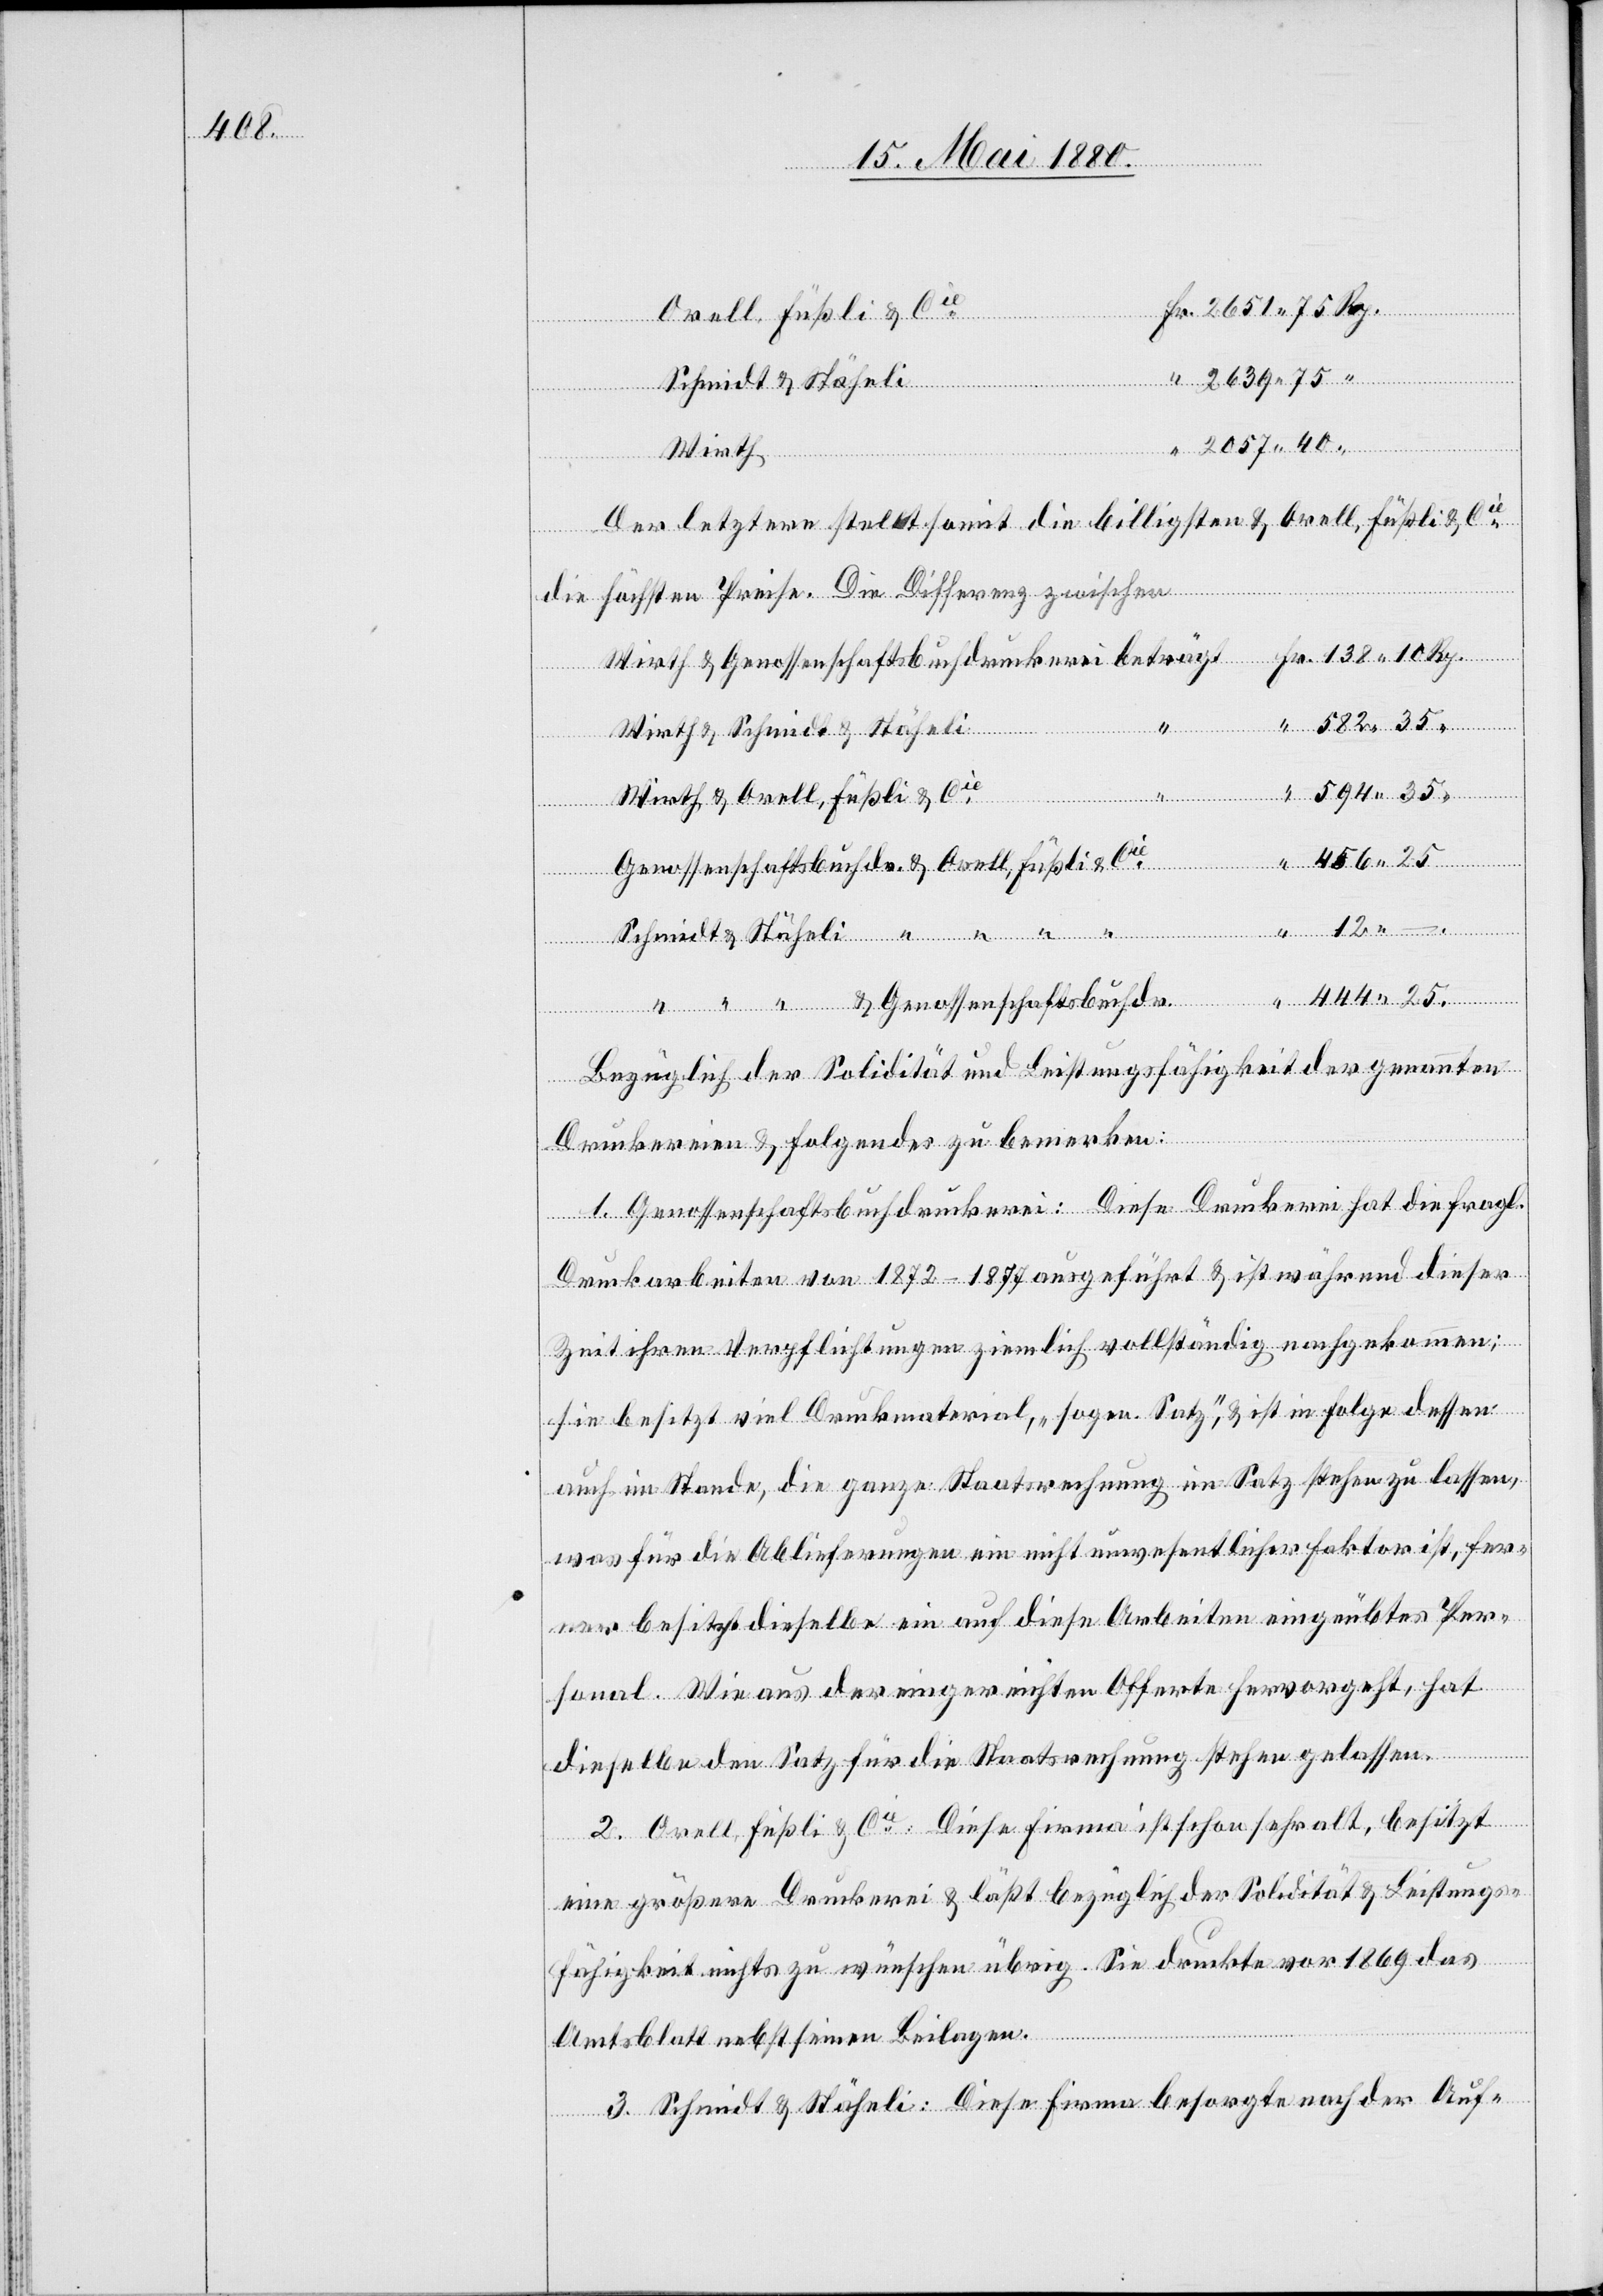
444.

Orell, Füßli & Cie
Schmidt & Stäheli “
“
Wirth
Der letztere stellt somit die billigsten & Orell, Füßli & Cie
456.
die höchsten Preise. Die Differenz zwischen
Wirth & Orell, Füßli & Cie
35
Genossenschaftsbuchdr. & Orell, Füßli & Cie
25
.
beträgt
“ “ “ & Genossenschaftsbuchdr.
Bezüglich der Solidität und Leistungsfähigkeit der genannten
Druckereien & Folgendes zu bemerken:
1. Genossenschaftsdruckerei: Diese Druckerei hat die fragl.
Druckarbeiten von 1872–1877 ausgeführt & ist während dieser
Zeit ihren Verpflichtungen ziemlich vollständig nachgekommen;
sie besitzt viel Druckmaterial, „sogen. Satz“, & ist in Folge dessen
auch im Stande, die ganze Staatsrechnung im Satz stehen zu lassen,
was für die Ablieferungen ein nicht unwesentlicher Faktor ist, fer¬
ner besitzt dieselbe ein auf diese Arbeiten eingeübtes Per¬
sonal. Wie aus der eingereichten Offerte hervorgeht, hat
dieselbe den Satz für die Staatsrechnung stehen gelassen.
2. Orell, Füßli & Cie: Diese Firma ist schon sehr alt, besitzt
eine größere Druckerei & läßt bezüglich der Solidität & Leistungs¬
fähigkeit nichts zu wünschen übrig. Sie druckte vor 1869 das
Amtsblatt nebst seinen Beilagen.
3. Schmidt & Stäheli: Diese Firma besorgte nach der Auf-